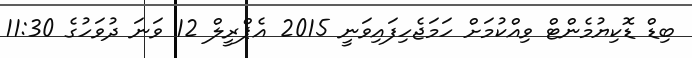
ބިޑް ޑޮކިޔުމެންޓް ވިއްކުމަށް ހަމަޖެހިފައިވަނީ 2015 އެޕްރީލް 12 ވަނަ ދުވަހުގެ 11:30